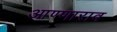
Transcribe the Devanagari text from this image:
आण्णाराव